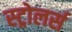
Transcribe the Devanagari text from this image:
स्ट्रोलर्स